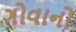
ગોવાનો